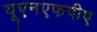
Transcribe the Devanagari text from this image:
यूएनएफपीए